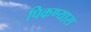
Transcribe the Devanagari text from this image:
पिकण्यास